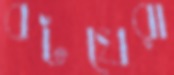
বটখেরা